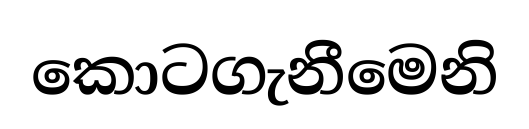
කොටගැනීමෙනි